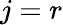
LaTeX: j=r